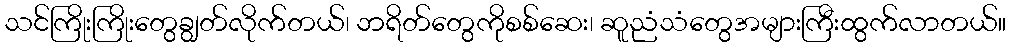
သင်ကြိုးကြိုးတွေချွတ်လိုက်တယ်၊ ဘရိတ်တွေကိုစစ်ဆေး၊ ဆူညံသံတွေအများကြီးထွက်လာတယ်။